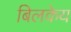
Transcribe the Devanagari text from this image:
बिलकेय